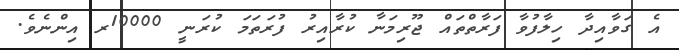
އެ ގަވާއިދާ ހިލާފުވާ ފަރާތްތައް ޖޫރިމަނާ ކުރާއިރު ފުރަތަމަ ކުރަނީ 10000ރ އިންނެވެ.